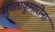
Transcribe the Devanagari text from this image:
सुगताकुमारींना